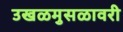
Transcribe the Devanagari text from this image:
उखळमुसळावरी